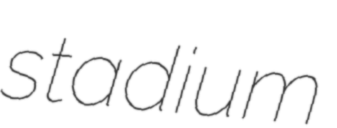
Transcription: stadium